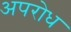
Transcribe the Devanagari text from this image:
अपरोध